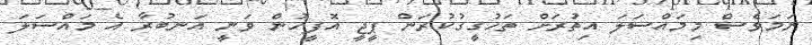
ނަމަވެސް މިމައްސަލަ އިތުރަށް ތަހުގީގުކުރަން ޕީޖީ އޮފީހުން ވަނީ އަނބުރާ އެ މައްސަލަ